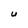
Character: U